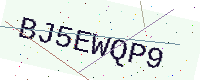
Text: BJ5EWQP9